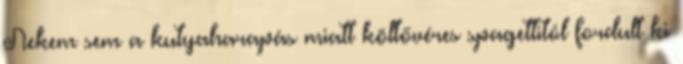
Nekem sem a kutyaharapás miatt költővéres spagettitól fordult ki